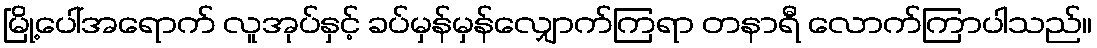
မြို့ပေါ်အရောက် လူအုပ်နှင့် ခပ်မှန်မှန်လျှောက်ကြရာ တနာရီ လောက်ကြာပါသည်။